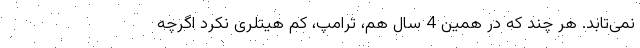
نمی‌تابد. هر چند که در همین 4 سال هم، ترامپ، کم هیتلری نکرد اگرچه